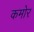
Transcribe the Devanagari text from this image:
कमोर